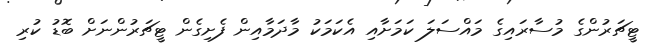
ޓީޗަރުންގެ މުސާރައިގެ މައްސަލަ ކަމަށާއި އެކަމަކު މާދަމާއިން ފެށިގެން ޓީޗަރުންނަށް ބޮޑު ކުރި